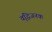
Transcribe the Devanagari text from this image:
वृद्धिजनक